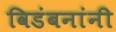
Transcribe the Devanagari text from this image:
विडंबनांनी